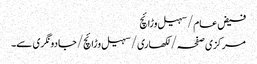
فیض عام/سہیل وڑائچ
مرکزی صفحہ/ لکھاری/ سہیل وڑائچ/جادو نگری سے۔